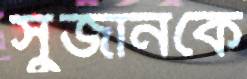
সুজানকে